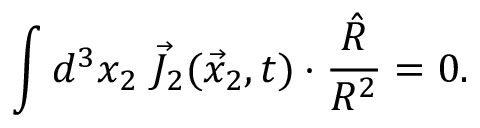
\int d ^ { 3 } x _ { 2 } ~ \vec { J } _ { 2 } ( \vec { x } _ { 2 } , t ) \cdot \frac { \hat { R } } { R ^ { 2 } } = 0 .